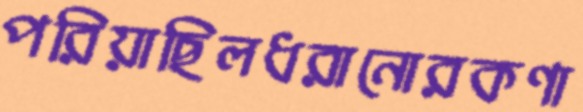
পরিয়াছিলধরানোরকণা